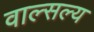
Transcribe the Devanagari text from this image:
वाल्सल्य